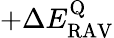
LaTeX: +\Delta E_{\mathrm{RAV}}^{\mathrm{Q}}